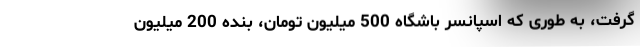
گرفت، به طوری که اسپانسر باشگاه 500 میلیون تومان، بنده 200 میلیون